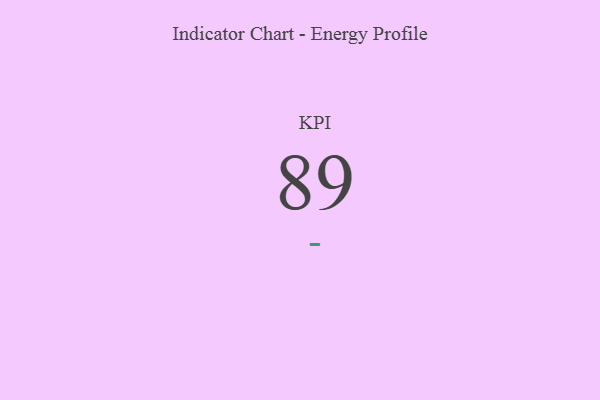
{"axis": {"x": "KPI", "y": "Value"}, "legend": [""], "data": [{"x": "KPI", "y": 89, "type": ""}]}